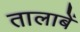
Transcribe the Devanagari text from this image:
तालाबें